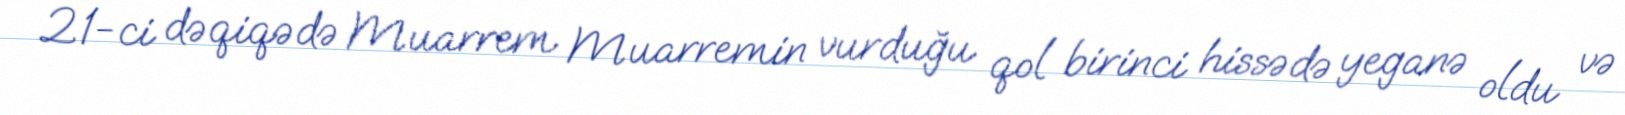
21-ci dəqiqədə Muarrem Muarremin vurduğu qol birinci hissədə yeganə oldu və